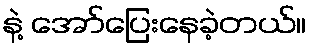
နဲ့ အော်ပြေးနေခဲ့တယ်။